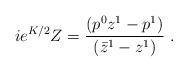
LaTeX: \begin{align*} ie^{K/2}Z={( p^0 z^1 - p^1) \over (\bar z^1 - z^1) }\ .\end{align*}